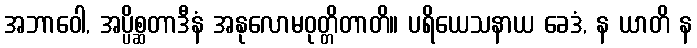
အဘာဝေါ, အပ္ပိစ္ဆတာဒီနံ အနုလောမဝုတ္တိတာတိ။ ပရိယေသနာယ ခေဒံ, န ယာတိ န